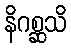
နိဂစ္ဆသိ